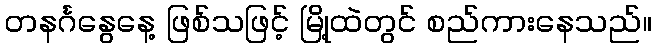
တနင်္ဂနွေနေ့ ဖြစ်သဖြင့် မြို့ထဲတွင် စည်ကားနေသည်။